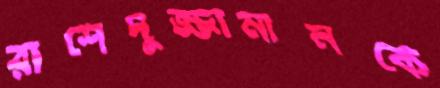
রাশেদুজ্জামানকে